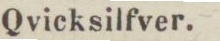
Qvicksilfver.